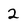
Character: 2